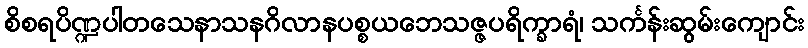
စိစရပိဏ္ဍပါတသေနာသနဂိလာနပစ္စယဘေသဇ္ဇပရိက္ခာရံ၊ သင်္ကန်းဆွမ်းကျောင်း